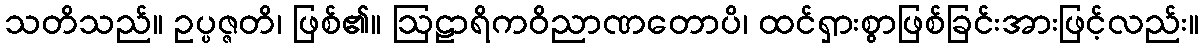
သတိသည်။ ဥပ္ပဇ္ဇတိ၊ ဖြစ်၏။ ဩဠာရိကဝိညာဏတောပိ၊ ထင်ရှားစွာဖြစ်ခြင်းအားဖြင့်လည်း။